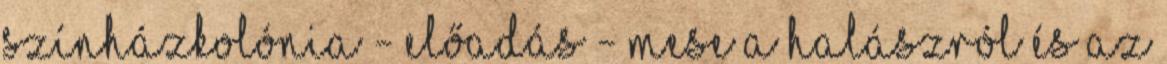
Színházkolónia - Előadás - Mese a halászról és az